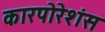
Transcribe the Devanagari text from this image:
कारपोरेशंस